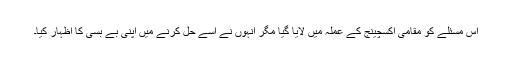
اس مسئلے کو مقامی اکسچینج کے عملہ میں لایا گیا مگر انہوں نے اسے حل کرنے میں اپنی بے بسی کا اظہار کیا۔